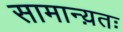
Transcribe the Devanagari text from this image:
सामान्य़तः